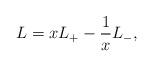
LaTeX: \begin{align*}L = x L_+ - \frac{1}{x} L_-, \end{align*}